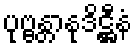
ပုဗ္ဗန္တာနုဒိဋ္ဌီနံ